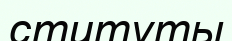
ституты